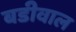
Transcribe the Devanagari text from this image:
बडीवाल